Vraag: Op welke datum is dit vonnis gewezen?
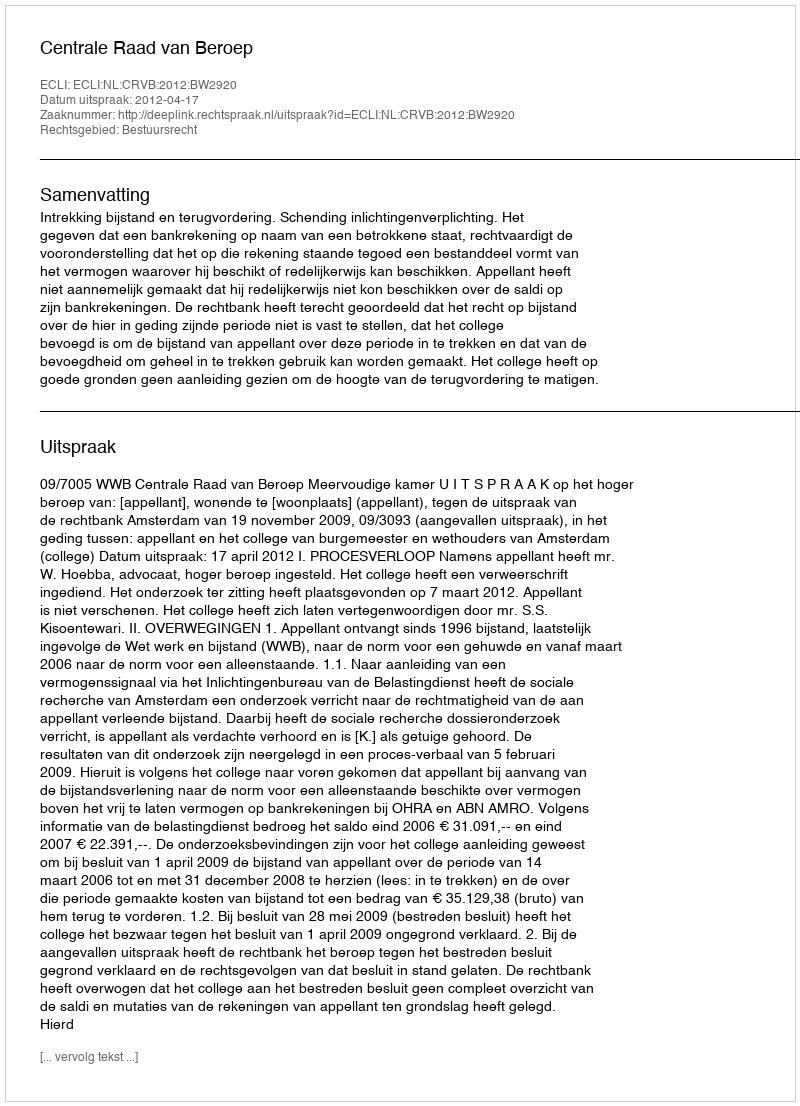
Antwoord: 2012-04-17